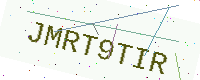
Text: JMRT9TIR